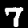
Label: 7